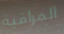
المراقبة